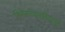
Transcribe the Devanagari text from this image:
सिनेनाट्यसृष्टीपासून